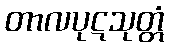
တာလပုဋသုတ္တံ